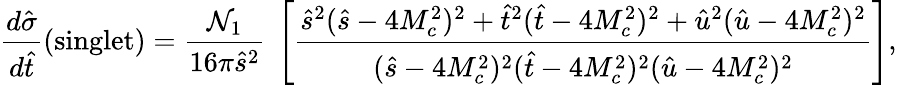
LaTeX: \frac{d\hat{\sigma}}{d\hat{t}}(\mathrm{singlet})=\frac{{\cal N}_{1}}{16\pi\hat{s}^{2}}~\left[\frac{\hat{s}^{2}(\hat{s}-4M_{c}^{2})^{2}+\hat{t}^{2}(\hat{t}-4M_{c}^{2})^{2}+\hat{u}^{2}(\hat{u}-4M_{c}^{2})^{2}}{(\hat{s}-4M_{c}^{2})^{2}(\hat{t}-4M_{c}^{2})^{2}(\hat{u}-4M_{c}^{2})^{2}}\right],